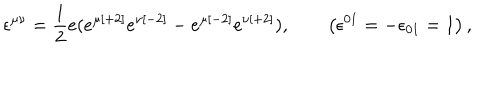
LaTeX: \epsilon ^ { \mu \nu } = { \frac { 1 } { 2 } } e ( e ^ { \mu { [ + 2 ] } } e ^ { \nu { [ - 2 ] } } - e ^ { \mu { [ - 2 ] } } e ^ { \nu { [ + 2 ] } } ) , \qquad \left( \epsilon ^ { { 0 1 } } = - \epsilon _ { { 0 1 } } = 1 \right) ,